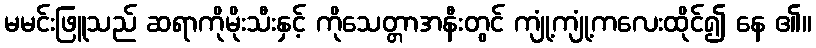
မမင်းဖြူသည် ဆရာကိုမိုးသီးနှင့် ကိုသေတ္တာအနီးတွင် ကျုံ့ကျုံ့ကလေးထိုင်၍ နေ ၏။